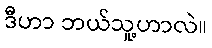
ဒီဟာ ဘယ်သူ့ဟာလဲ။